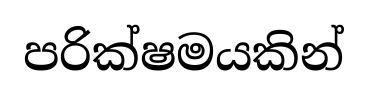
පරික්ෂමයකින්